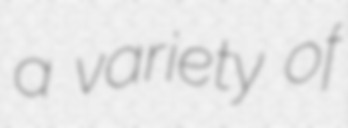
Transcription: a variety of